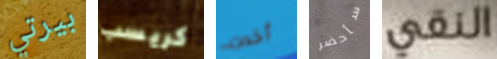
بيرتي كريسب أخدت سأحضر النقي